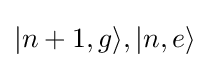
|n+1,g\rangle ,|n,e\rangle